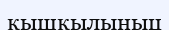
қышқылыныц